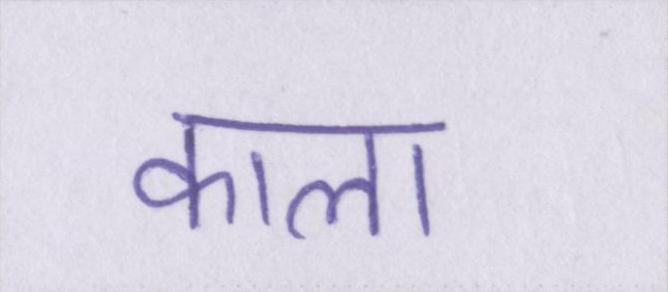
काला